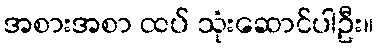
အစားအစာ ထပ် သုံးဆောင်ပါဦး။